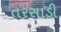
તરસાડી